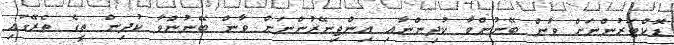
ޑޮކްޓަރުންނަށް ވާން ބޭނުންވާ ކުދިންނާއި އިންޖިނޭރުންނަށް ވާން ބޭނުންވާ ކުދިން ތީގެ ތެރޭގައި